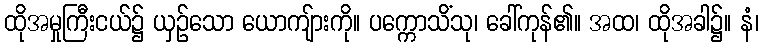
ထိုအမှုကြီးငယ်၌ ယှဉ်သော ယောကျ်ားကို။ ပက္ကောသိံသု၊ ခေါ်ကုန်၏။ အထ၊ ထိုအခါ၌။ နံ၊